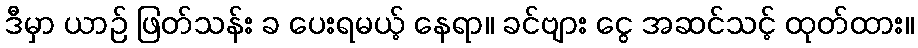
ဒီမှာ ယာဉ် ဖြတ်သန်း ခ ပေးရမယ့် နေရာ။ ခင်ဗျား ငွေ အဆင်သင့် ထုတ်ထား။